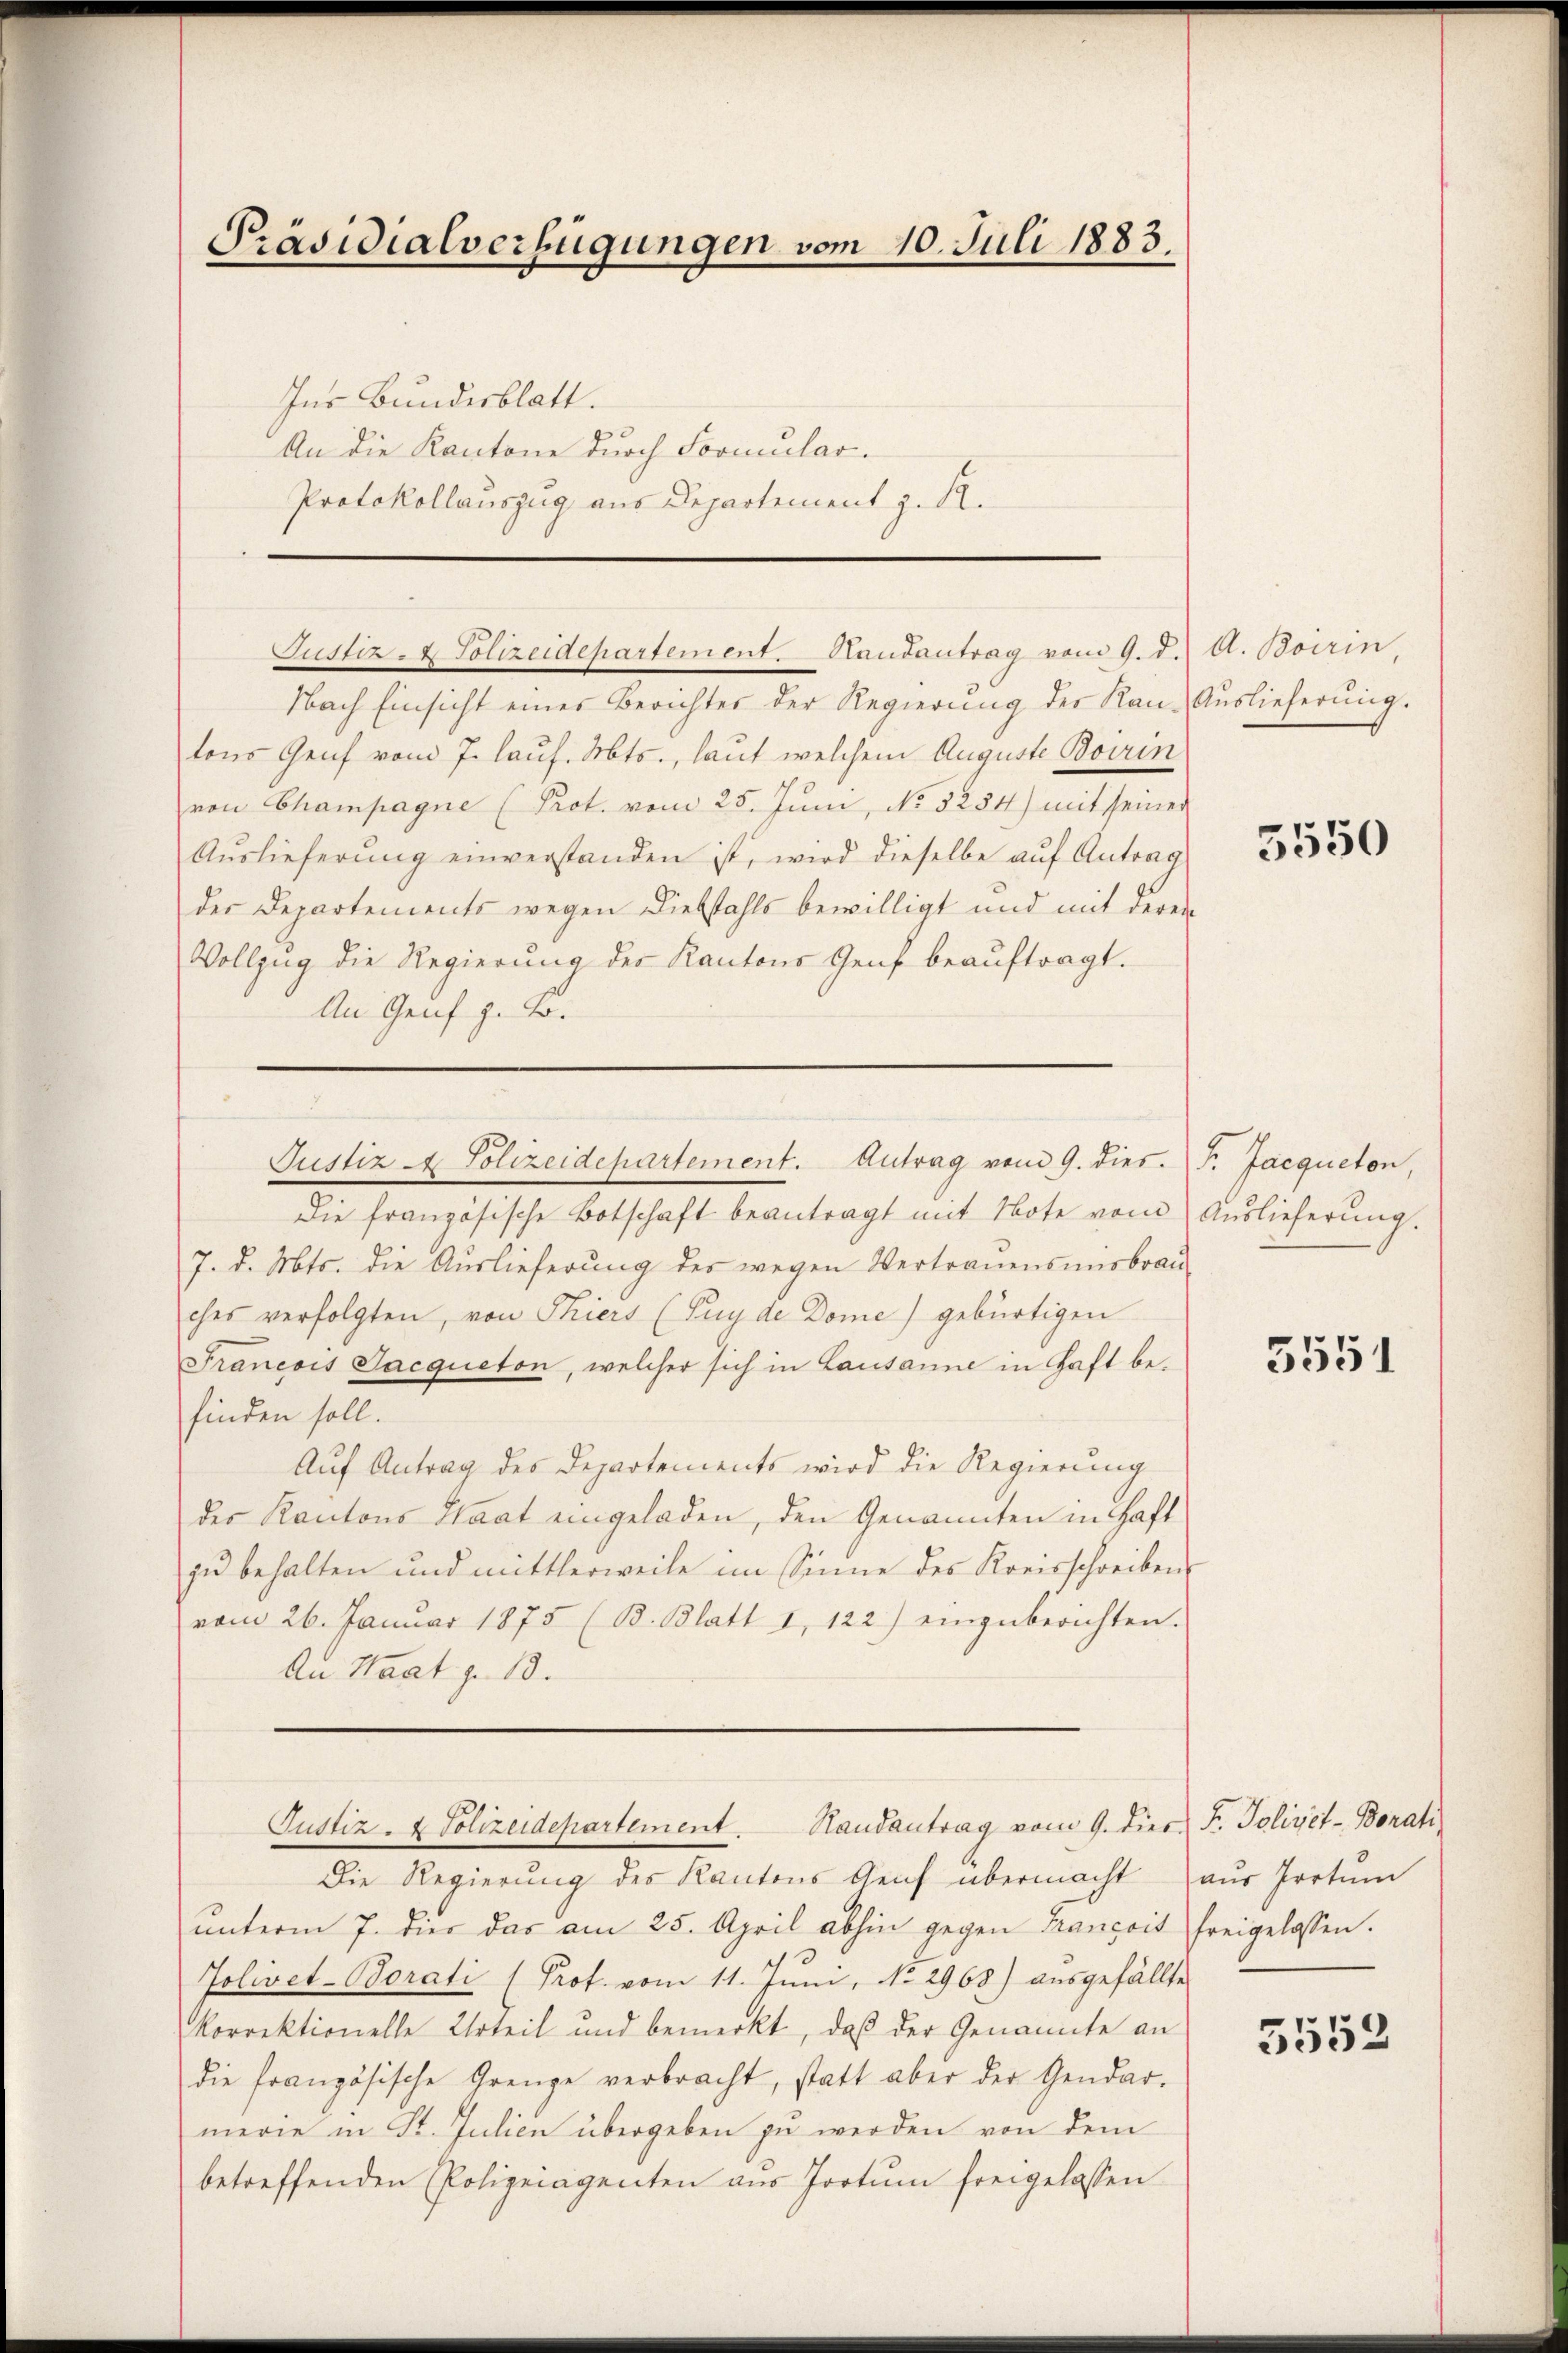
Präsidialverfügungen vom 10. Juli 1883.
Ins Bundesblatt.
An die Kantone durch Formular-
Protokollauszug aus Departement z. R.

Nach Einsicht eines Berichter der Regierŭng des Kan-Aŭslieferŭng.
tons Genf vom 7. lauf. Mts., laut welchem Auguste Boirin
von Champagne (Prot. vom 25. Juni, No. 3254) mit seiner
Aŭslieferŭng einverstanden ist, wird dieselbe aŭf Antrag
der Departements wegen Diebstahls bewilligt und mit deren
Vollzug die Regierung der Kantons Genf beauftragt.
An Genf z. B.
Die französische Botschaft beantragt mit Note vom Auslieferung.
7. d. Mts. die Auslieferŭng des wegen Vertrauensmisbrau
ches verfolgten, von Thiers (Puyde Dome) gebürtigen
Francois Jacqueton, welcher sich in Lausanne in Haft befinden soll.
Auf Antrag des Departements wird die Regierung
des Kantons Haat eingeladen, den Genannten in Haft
zŭ behalten und mittlerweile im Sinne des Kreisschreibens
vom 26. Januar 1875 (B. Blatt 1, 122) einzŭberichten.
An Staat z. 18.
Justiz- & Polizeidepartement. Randantrag vom 9. dies F. Polizet-Borati
Die Regierŭng des Kantons Aeuf übermacht aŭs Portŭm
ŭnterm 7. dies das am 25. April abhin gegen Françoit freigelassen.
Jolivet-Borati (Prof. vom 11. Juni, No 2968) ausgefällte
korrektionelle Urteil und bemerkt, daß der Genannte an
die französische Grenze verbracht, statt aber der Gendar-
merie in St. Julien übergeben zu werden von dem
betreffenden Polizeiagenten aus Jootum freigelassen

Justiz- & Polizeidepartement. Handantrag vom 9. d. A. Boirin

Justiz - Polizeidepartement. Antrag vom 9. dies. F. Jacqueton,

5550

3551

5552